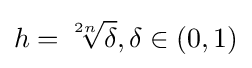
h={\sqrt[{2n}]{\delta }},\delta \in (0,1)